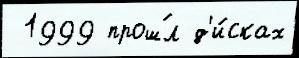
 1999 прош́л д'и́сках